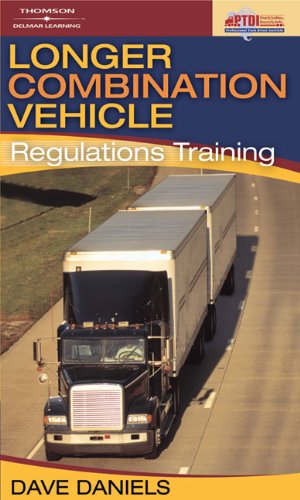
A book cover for Longer Combination Vehicle (LCV) Regulations Training; Dave Daniels; Test Preparation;